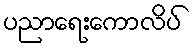
ပညာရေးကောလိပ်